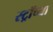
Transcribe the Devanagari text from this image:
स्ट्रॉच्या